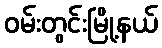
ဝမ်းတွင်းမြို့နယ်